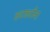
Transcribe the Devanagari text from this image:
कटकटीना